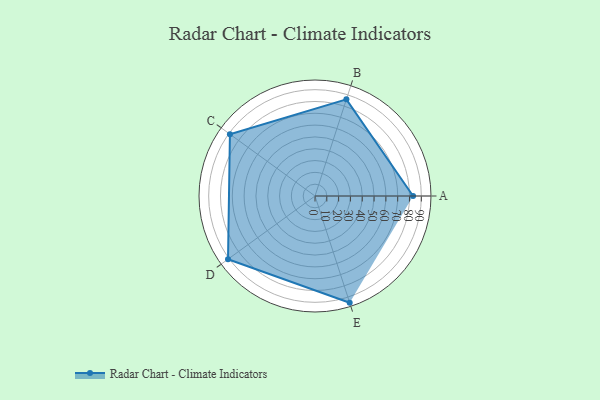
{"axis": {"x": "Skill", "y": "Score"}, "legend": ["Profile"], "data": [{"x": "A", "y": 83.0, "type": "Profile"}, {"x": "B", "y": 86.0, "type": "Profile"}, {"x": "C", "y": 89.0, "type": "Profile"}, {"x": "D", "y": 91.0, "type": "Profile"}, {"x": "E", "y": 95.0, "type": "Profile"}]}